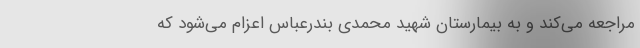
مراجعه می‌کند و به بیمارستان شهید محمدی بندرعباس اعزام می‌شود که